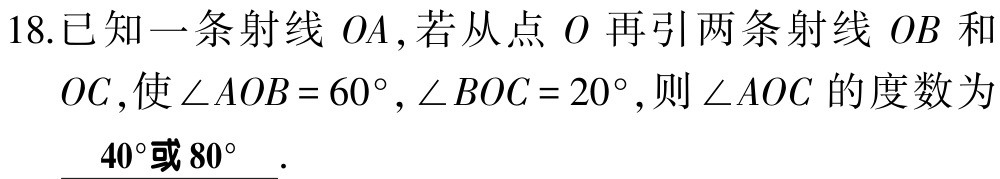
18.已知一条射线 \(OA\),若从点 \(O\) 再引两条射线 \(OB\) 和 \(OC\),使\(\angle AOB = 60^{\circ},\angle BOC = 20^{\circ}\),则\(\angle AOC\) 的度数为 \(\underline{40^{\circ}或80^{\circ}}\).